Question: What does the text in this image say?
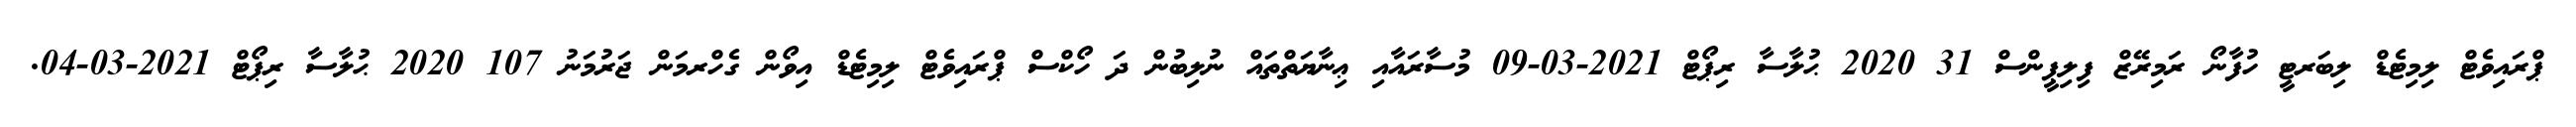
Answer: ޕްރައިވެޓް ލިމިޓެޑް ލިބަރޓީ ހުފާނޯ ރަމިރޭޒް ފިލިޕީންސް 31 2020 ޙުލާސާ ރިޕޯޓް 2021-03-09 މުސާރައާއި ޢިނާޔަތްތައް ނުލިބުން ދަ ހޯކްސް ޕްރައިވެޓް ލިމިޓެޑް އިވޯން ގެހްރމަން ޖަރުމަނު 107 2020 ޙުލާސާ ރިޕޯޓް 2021-03-04.